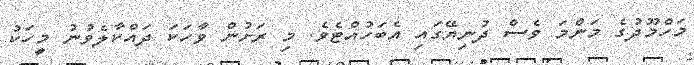
މަހްމޫދުގެ މަންމަ ވެެސް ދުނިޔޭގައި އެބަހުއްޓެވެ. މި ރަށުން ވާހަކަ ދައްކާލެވުނު މީހަކު